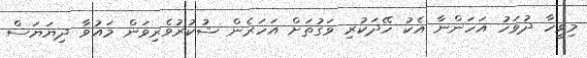
މިވީހާ ދުވަހު އަހަންނާ އެކު ހޭދަކުރި ވަގުތަށް އަހަރެން ޝުކުރުވެރިވަން މައުވާ ދިޔަޔަސް